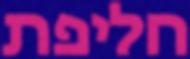
חליפת